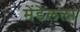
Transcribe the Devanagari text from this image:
मेंडेलला